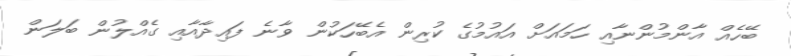
ބޭހެއް އާންމުންނާއި ހަމައަށް އައުމުގެ ކުރިން އެބޭހަކުން ވާނެ ފައިދާއާއި ގެއްލުން ބަލަން